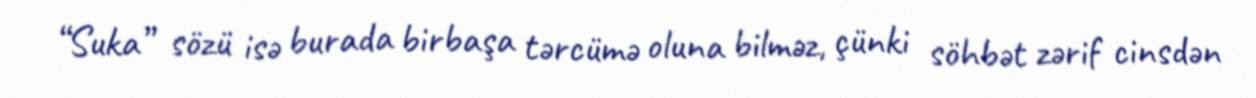
“Suka” sözü isə burada birbaşa tərcümə oluna bilməz, çünki söhbət zərif cinsdən